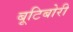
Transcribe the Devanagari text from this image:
बूटिबोरी